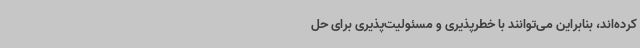
کرده‌اند، بنابراین می‌توانند با خطرپذیری و مسئولیت‌پذیری برای حل